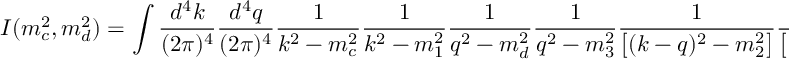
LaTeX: I ( m _ { c } ^ { 2 } , m _ { d } ^ { 2 } ) = \int \frac { d ^ { 4 } k } { ( 2 \pi ) ^ { 4 } } \frac { d ^ { 4 } q } { ( 2 \pi ) ^ { 4 } } \frac { 1 } { k ^ { 2 } - m _ { c } ^ { 2 } } \frac { 1 } { k ^ { 2 } - m _ { 1 } ^ { 2 } } \frac { 1 } { q ^ { 2 } - m _ { d } ^ { 2 } } \frac { 1 } { q ^ { 2 } - m _ { 3 } ^ { 2 } } \frac { 1 } { \left[ ( k - q ) ^ { 2 } - m _ { 2 } ^ { 2 } \right] } \frac { 1 } { \left[ ( k - q ) ^ { 2 } - m _ { k } ^ { 2 } \right] } .